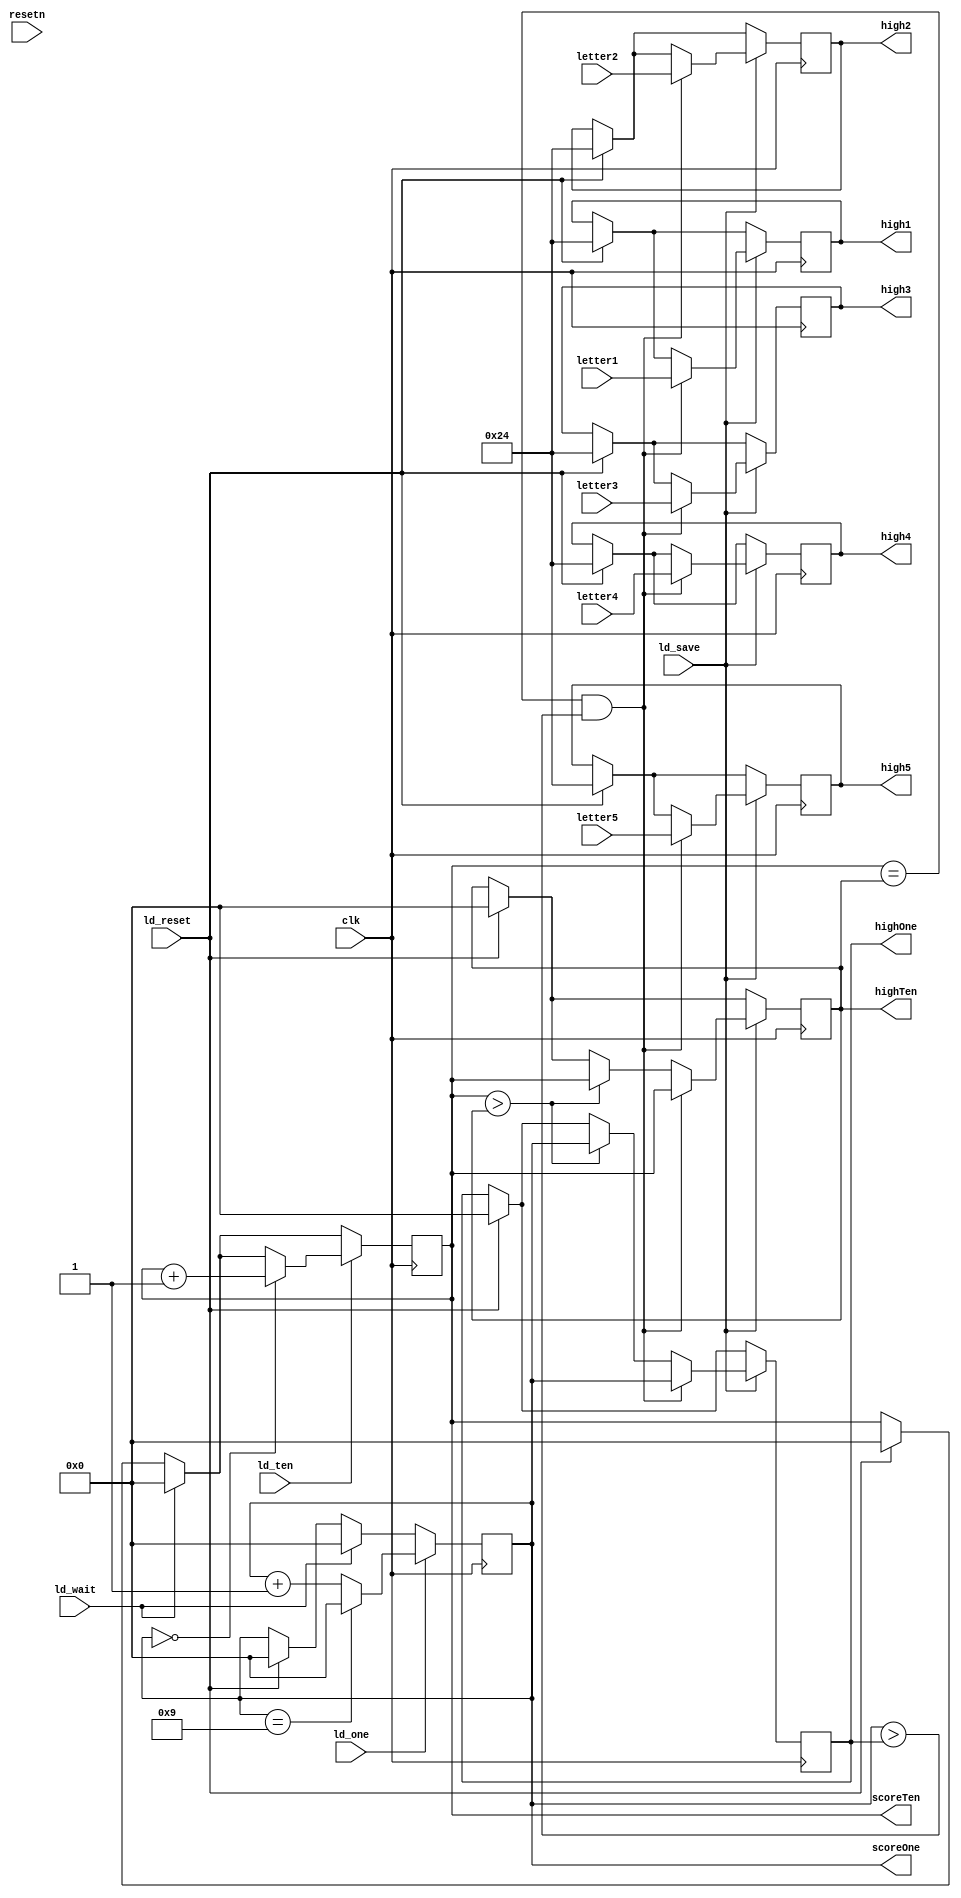
module game_datapath (input clk, resetn, ld_reset, ld_wait, ld_one, ld_ten, ld_save, input [5:0] letter1, letter2, letter3, letter4, letter5, output reg [3:0]scoreOne, scoreTen, highOne, highTen, output reg [5:0] high5, high4, high3, high2, high1);

	always @ (posedge clk) begin
		if (ld_reset) begin
			scoreOne <= 4'd0;
			scoreTen <= 4'd0;
			highOne <= 4'd0;
			highTen <= 4'd0;
			high5 <= 6'd36;
			high4 <= 6'd36;
			high3 <= 6'd36;
			high2 <= 6'd36;
			high1 <= 6'd36;
		end

		if (ld_wait) begin
			scoreOne <= 4'd0;
			scoreTen <= 4'd0;
		end

		if (ld_one) begin
			if (scoreOne == 4'd9)
				scoreOne <= 4'd0;
			else 
				scoreOne <= scoreOne + 1'b1;
		end

		if (ld_ten) begin
			if (scoreOne == 4'd0)
				scoreTen <= scoreTen + 1;
		end

		if (ld_save) begin
			if (scoreTen > highTen) begin
				highTen <= scoreTen;
				highOne <= scoreOne;
			end
			if ((scoreTen == highTen) && (scoreOne > highOne)) begin
				highTen <= scoreTen;
				highOne <= scoreOne;
				high5 <= letter5;
				high4 <= letter4;
				high3 <= letter3;
				high2 <= letter2;
				high1 <= letter1;
			end
		end
	end
endmodule